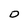
Character: D